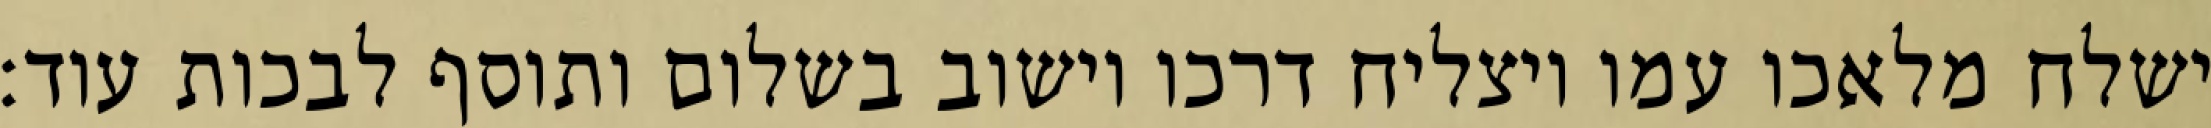
ישלח מלאכו עמו ויצליח דרכו וישוב בשלום ותוסף לבכות עוד: